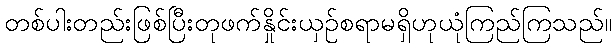
တစ်ပါးတည်းဖြစ်ပြီးတုဖက်နှိုင်းယှဉ်စရာမရှိဟုယုံကြည်ကြသည်။